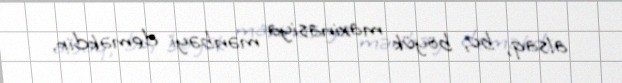
alsaq, bu, böyük maxinasiya mənbəyi deməkdir.